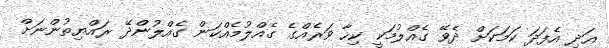
އަދި އެފަދަ ކަމަކަށް ދެވޭ ގެއްލުމަކީ ކިހާ ވަރެއްގެ ގެއްލުމެއްކަން ގެއްލުންދޭ ރައްޔިތުންނަށް